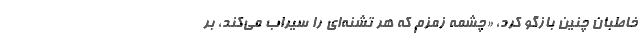
خاطبان چنین بازگو کرد، «چشمه زمزم که هر تشنه‌ای را سیراب می‌کند، بر